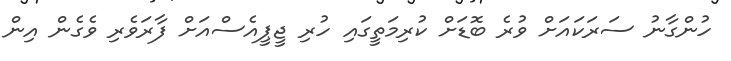
ހުންގާނު ސަރަކައަށް ވުރެ ބޮޑަށް ކުރިމަތީގައި ހުރި ޖީޕީއެސްއަށް ފާރަވެރި ވެގެން އިން